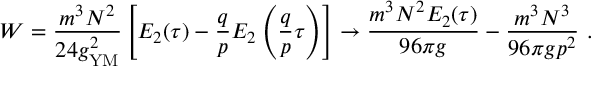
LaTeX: W = { \frac { m ^ { 3 } N ^ { 2 } } { 2 4 g _ { \mathrm { Y M } } ^ { 2 } } } \left[ E _ { 2 } ( \tau ) - { \frac { q } { p } } E _ { 2 } \left( { \frac { q } { p } } \tau \right) \right] \to { \frac { m ^ { 3 } N ^ { 2 } E _ { 2 } ( \tau ) } { 9 6 \pi g } } - { \frac { m ^ { 3 } N ^ { 3 } } { 9 6 \pi g p ^ { 2 } } } \ .